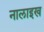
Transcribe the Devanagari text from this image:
नालाइख